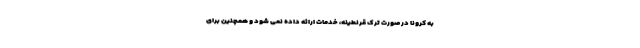
به کرونا در صورت ترک قرنطینه، خدمات ارائه داده نمی شود و همچنین برای